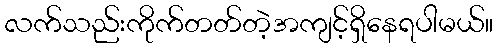
လက်သည်းကိုက်တတ်တဲ့အကျင့်ရှိနေရပါမယ်။